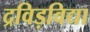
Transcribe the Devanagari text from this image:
द्रविड़विद्या